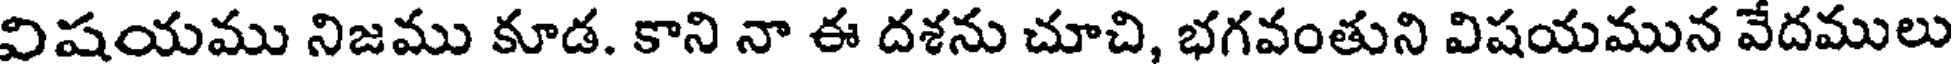
విషయము నిజము కూడ. కాని నా ఈ దశను చూచి, భగవంతుని విషయమున వేదములు